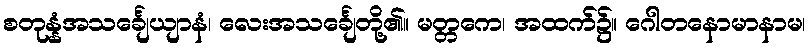
စတုန္နံအသင်္ချေယျာနံ၊ လေးအသင်္ချေတို့၏။ မတ္တကေ၊ အထက်၌။ ဂေါတနောမာနာမ၊